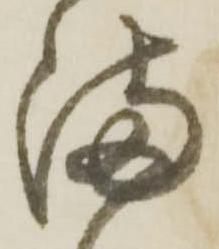
満